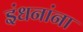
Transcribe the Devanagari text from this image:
इंधनांना